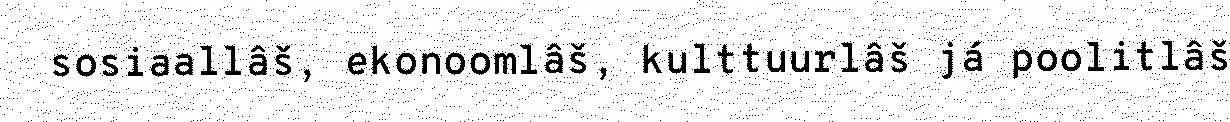
sosiaallâš, ekonoomlâš, kulttuurlâš já poolitlâš